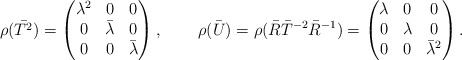
\begin{align*} \rho(\bar{T^2}) &= \left(\begin{matrix} \lambda^2 & 0 & 0 \\0 & \bar{\lambda} &0 \\ 0& 0& \bar{\lambda} \end{matrix}\right), & \rho(\bar{U}) &= \rho(\bar{R}\bar{T}^{-2}\bar{R}^{-1})=\left(\begin{matrix} \lambda & 0 & 0 \\0 & \lambda &0 \\ 0& 0& \bar{\lambda}^2 \end{matrix}\right).\end{align*}